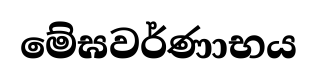
මේඝවර්ණාභය